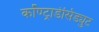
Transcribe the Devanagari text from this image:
कॉण्ट्राडेसिड्युट